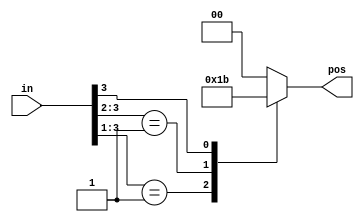
module top_module (
    input [3:0] in,
    output reg [1:0] pos  );

    always @(*) begin
        casez (in)
            4'b0001: pos = 2'd0;
            4'b001?: pos = 2'd1;
            4'b01??: pos = 2'd2;
            4'b1???: pos = 2'd3;
            default: pos = 2'd0;
        endcase
    end

endmodule